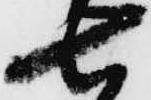
七